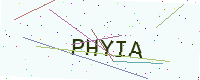
Text: PHYIA